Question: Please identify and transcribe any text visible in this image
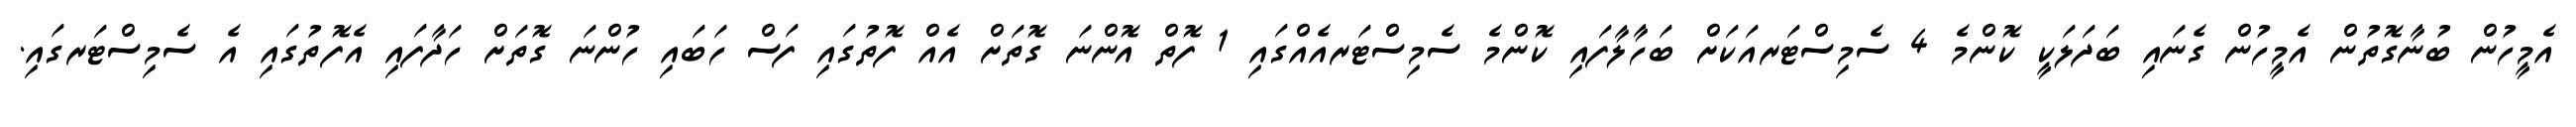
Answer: އެމީހުން ބުނާގޮތުން އެމީހުން ގެނައި ބަދަލަކީ ކޮންމެ 4 ސެމިސްޓަރއަކަށް ބަހާލާފައި ކޮންމެ ސެމިސްޓަރއެއްގައި 1 ފޮތް އޮންނަ ގޮތަށް އެއް ފޮތުގައި ފަސް ހަބައި ހުންނަ ގޮތަށް ހަދާފައި އެފޮތުގައި އެ ސެމިސްޓަރގައި.